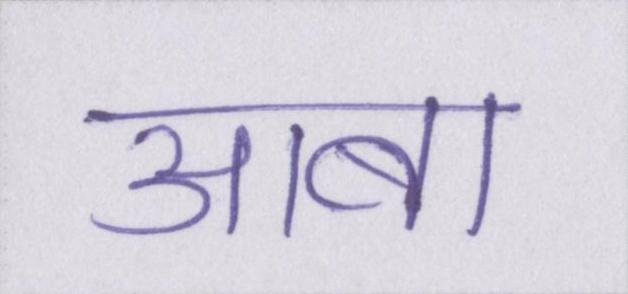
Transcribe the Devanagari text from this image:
आबा